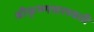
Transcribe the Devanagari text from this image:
श्रीकृष्णसरस्वती